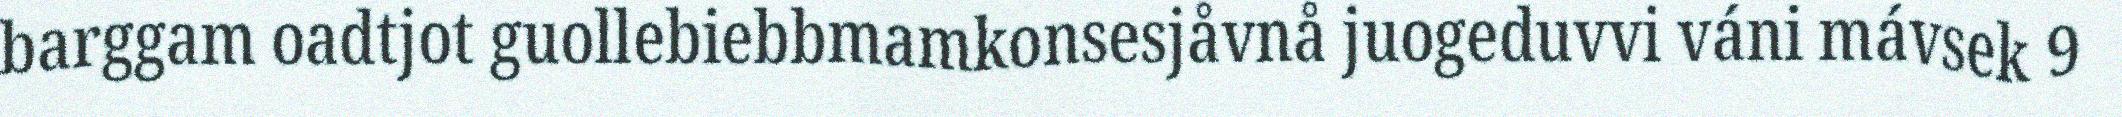
barggam oadtjot guollebiebbmamkonsesjåvnå juogeduvvi váni mávsek 9